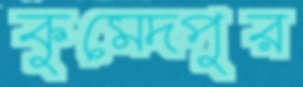
কুমেদপুর